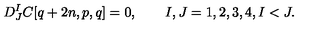
D _ { J } ^ { I } C [ q + 2 n , p , q ] = 0 , \qquad I , J = 1 , 2 , 3 , 4 , I < J .